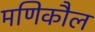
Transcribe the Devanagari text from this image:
मणिकौल